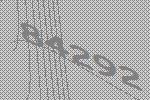
84292